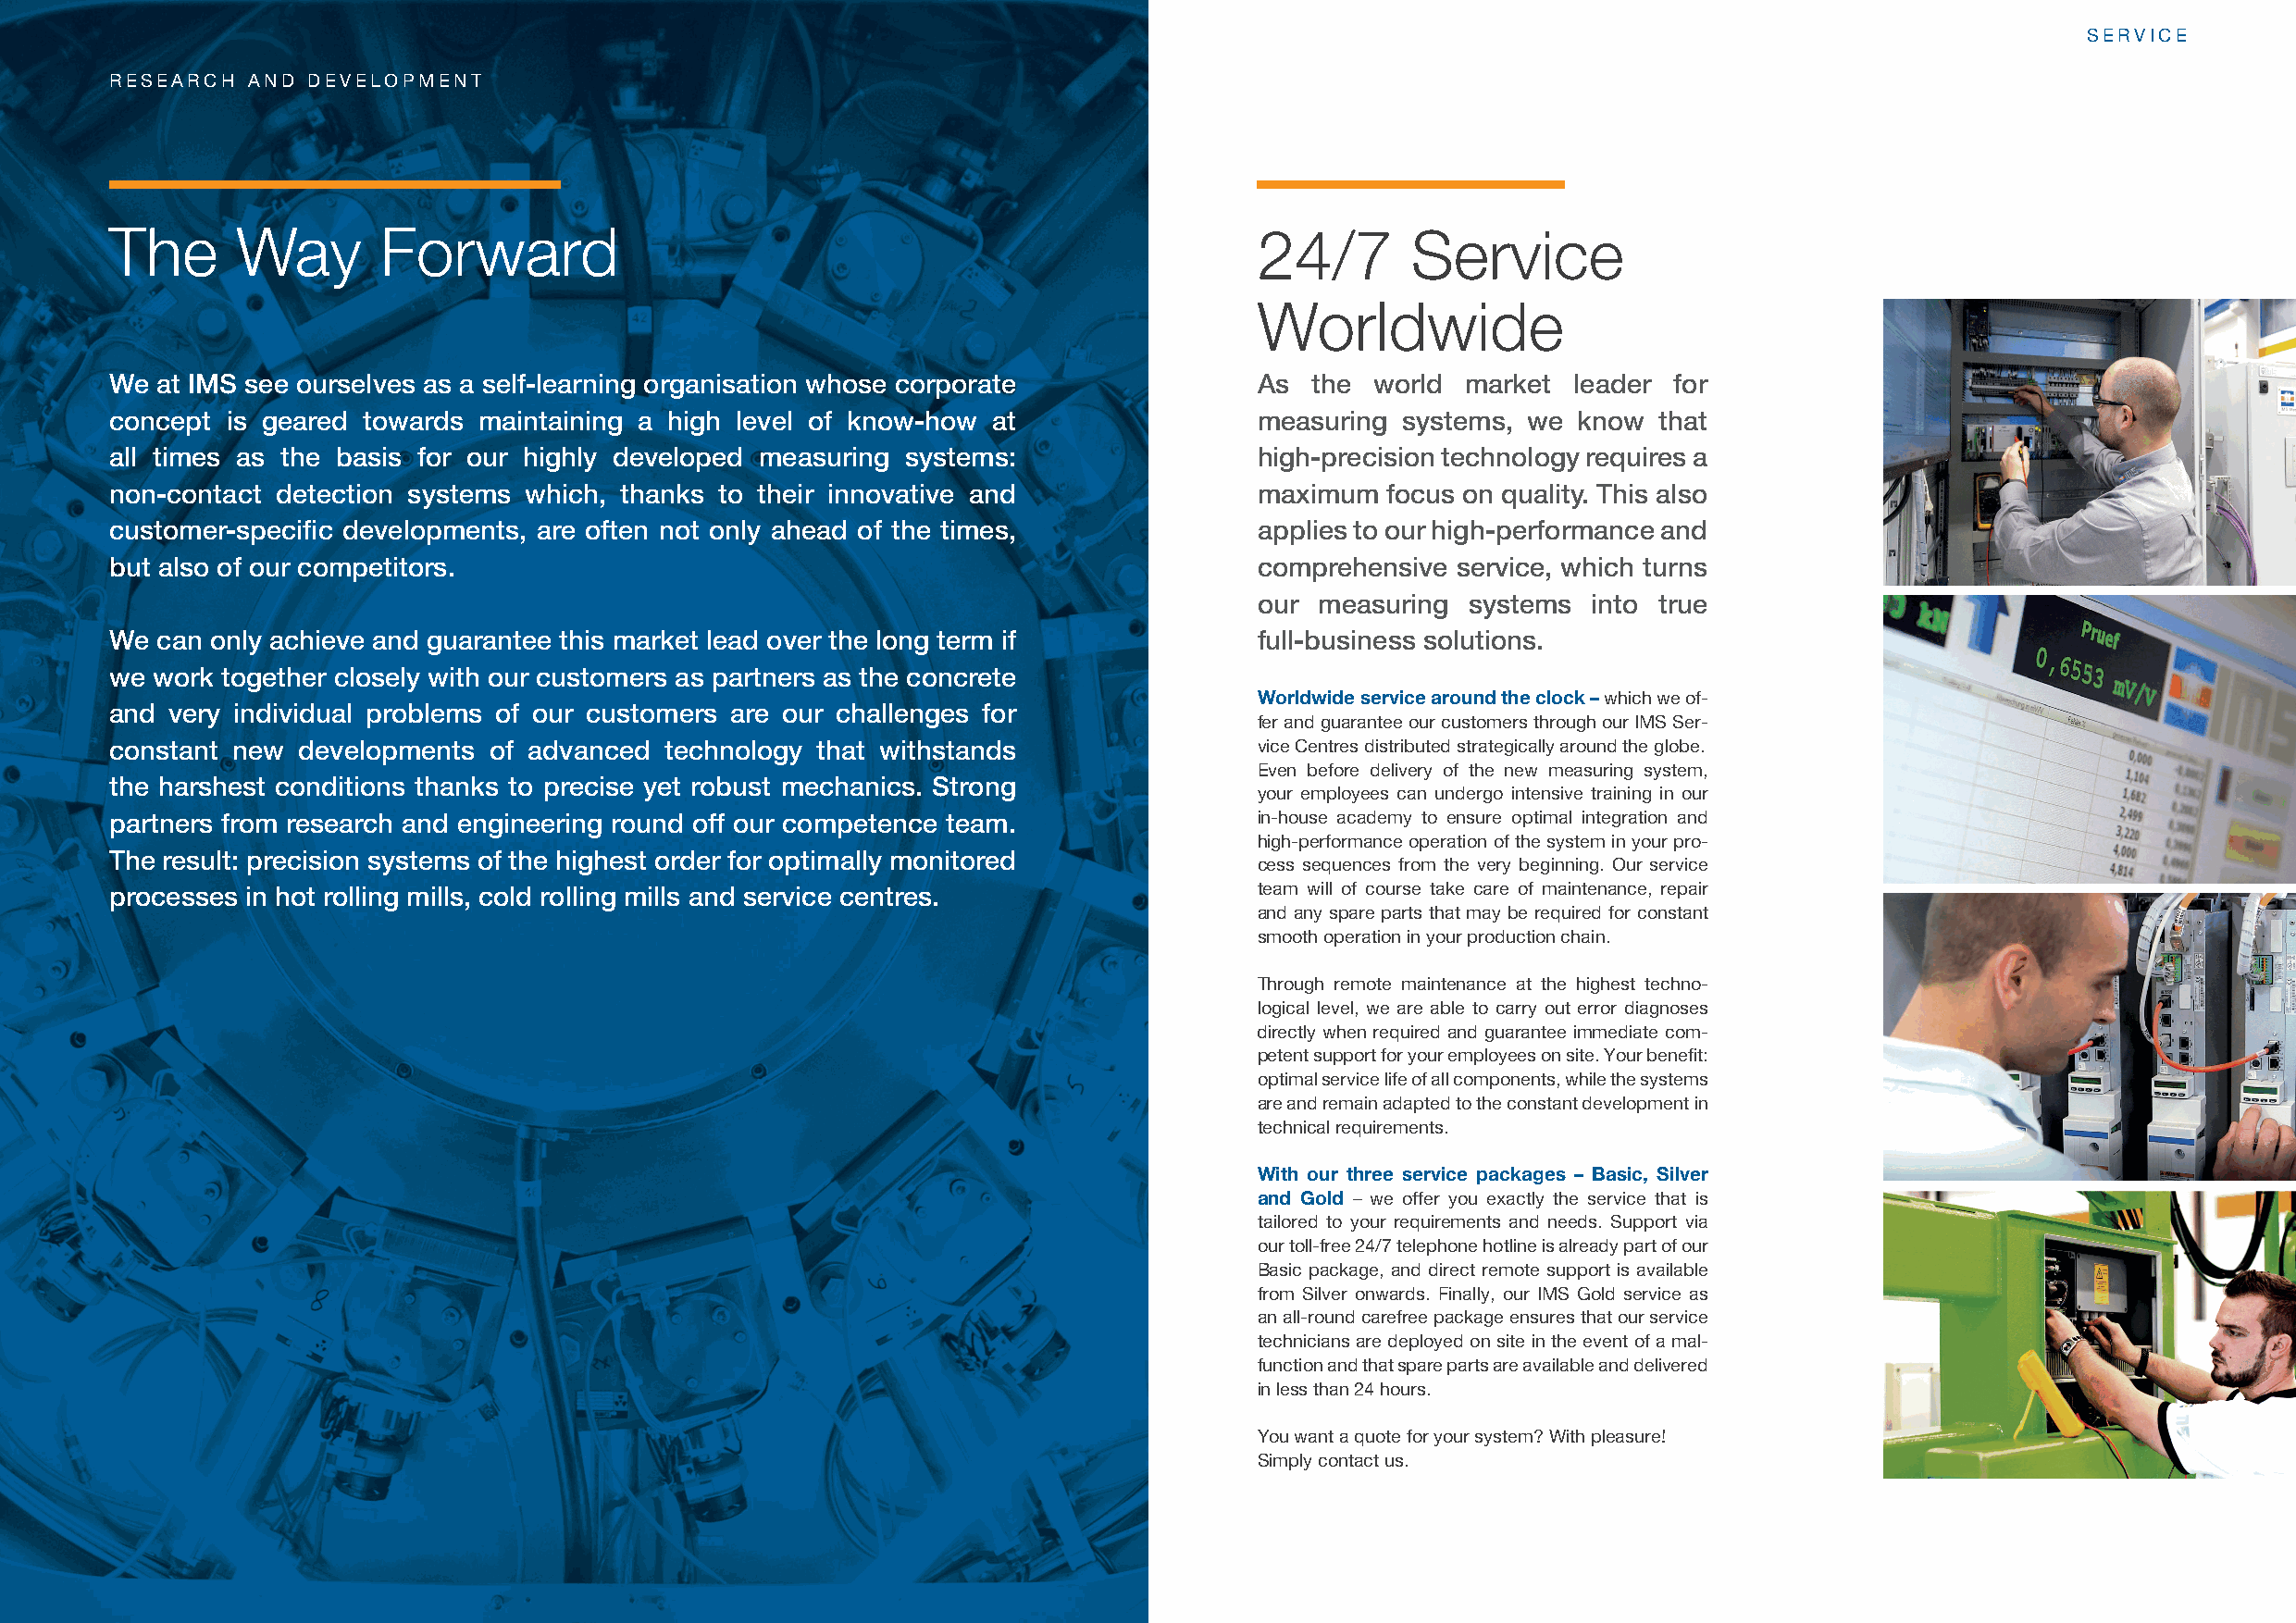
SERVICE
 RESEARCH  AND DEVELOPMENT
 The      Way       Forward                                                        24/7       Service
 Worldwide
 We at IMS see ourselves as a self-learning organisation whose corporate           As  the world  market  leader for
 concept is geared towards maintaining a high level of know-how at                 measuring systems, we  know  that
 all times as the basis for our highly developed measuring systems:                high-precision technology requires a
 non-contact detection systems which, thanks to their innovative and               maximum  focus on quality. This also
 customer-specifi c developments, are often not only ahead of the times,           applies to our high-performance and
 but also of our competitors.                                                      comprehensive service, which turns
 our measuring  systems  into true
 We can only achieve and guarantee this market lead over the long term if          full-business solutions.
 we work together closely with our customers as partners as the concrete
 Worldwide service around the clock– which we of-
 and very individual problems of our customers are our challenges for
 fer and guarantee our customers through our IMS Ser-
 constant new developments  of advanced  technology that withstands                vice Centres distributed strategically around the globe.
 Even before delivery of the new measuring system,
 the harshest conditions thanks to precise yet robust mechanics. Strong
 your employees can undergo intensive training in our
 partners from research and engineering round off our competence team.             in-house academy to ensure optimal integration and
 high-performance operation of the system in your pro-
 The result: precision systems of the highest order for optimally monitored
 cess sequences from the very beginning. Our service
 processes in hot rolling mills, cold rolling mills and service centres.           team will of course take care of maintenance, repair
 and any spare parts that may be required for constant
 smooth operation in your production chain.
 Through remote maintenance at the highest techno-
 logical level, we are able to carry out error diagnoses
 directly when required and guarantee immediate com-
 petent support for your employees on site. Your benefi t:
 optimal service life of all components, while the systems
 are and remain adapted to the constant development in
 technical requirements.
 With our three service packages – Basic, Silver
 and Gold – we offer you exactly the service that is
 tailored to your requirements and needs. Support via
 our toll-free 24/7 telephone hotline is already part of our
 Basic package, and direct remote support is available
 from Silver onwards. Finally, our IMS Gold service as
 an all-round carefree package ensures that our service
 technicians are deployed on site in the event of a mal-
 function and that spare parts are available and delivered
 in less than 24 hours.
 You want a quote for your system? With pleasure!
 Simply contact us.